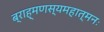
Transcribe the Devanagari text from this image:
ब्राह्मणस्यमहात्मनः